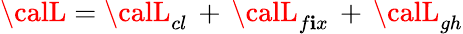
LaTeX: {\calL}={\calL}_{cl}\, +\, {\calL}_{f\mathbf{i}x}\, +\, {\calL}_{gh}